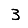
Digit: 3